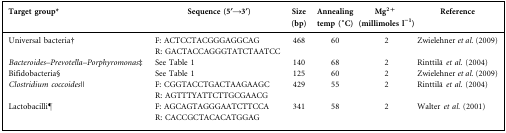
<table><thead><tr><td><b>Target group*</b></td><td><b>Sequence (5′→3′)</b></td><td><b>Size (bp)</b></td><td><b>Annealing temp (°C)</b></td><td><b>Mg<sup>2+</sup> (millimoles l<sup>−1</sup>)</b></td><td><b>Reference</b></td></tr></thead><tbody><tr><td>Universal bacteria†</td><td>F: ACTCCTACGGGAGGCAG</td><td>468</td><td>60</td><td>2</td><td>Zwielehner <i>et al.</i> (2009)</td></tr><tr><td></td><td>R: GACTACCAGGGTATCTAATCC</td><td></td><td></td><td></td><td></td></tr><tr><td><i>Bacteroides–Prevotella–Porphyromonas</i>‡</td><td>See Table 1</td><td>140</td><td>68</td><td>2</td><td>Rinttilä <i>et al.</i> (2004)</td></tr><tr><td>Bifidobacteria§</td><td>See Table 1</td><td>125</td><td>60</td><td>2</td><td>Zwielehner <i>et al.</i> (2009)</td></tr><tr><td><i>Clostridium coccoides</i>||</td><td>F: CGGTACCTGACTAAGAAGC</td><td>429</td><td>55</td><td>2</td><td>Rinttilä <i>et al.</i> (2004)</td></tr><tr><td></td><td>R: AGTTTYATTCTTGCGAACG</td><td></td><td></td><td></td><td></td></tr><tr><td>Lactobacilli¶</td><td>F: AGCAGTAGGGAATCTTCCA</td><td>341</td><td>58</td><td>2</td><td>Walter <i>et al.</i> (2001)</td></tr><tr><td></td><td>R: CACCGCTACACATGGAG</td><td></td><td></td><td></td><td></td></tr></tbody></table>